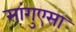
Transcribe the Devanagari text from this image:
सांगुएसा